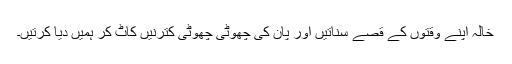
خالہ اپنے وقتوں کے قصے سناتیں اور پان کی چھوٹی چھوٹی کترنیں کاٹ کر ہمیں دیا کرتیں۔